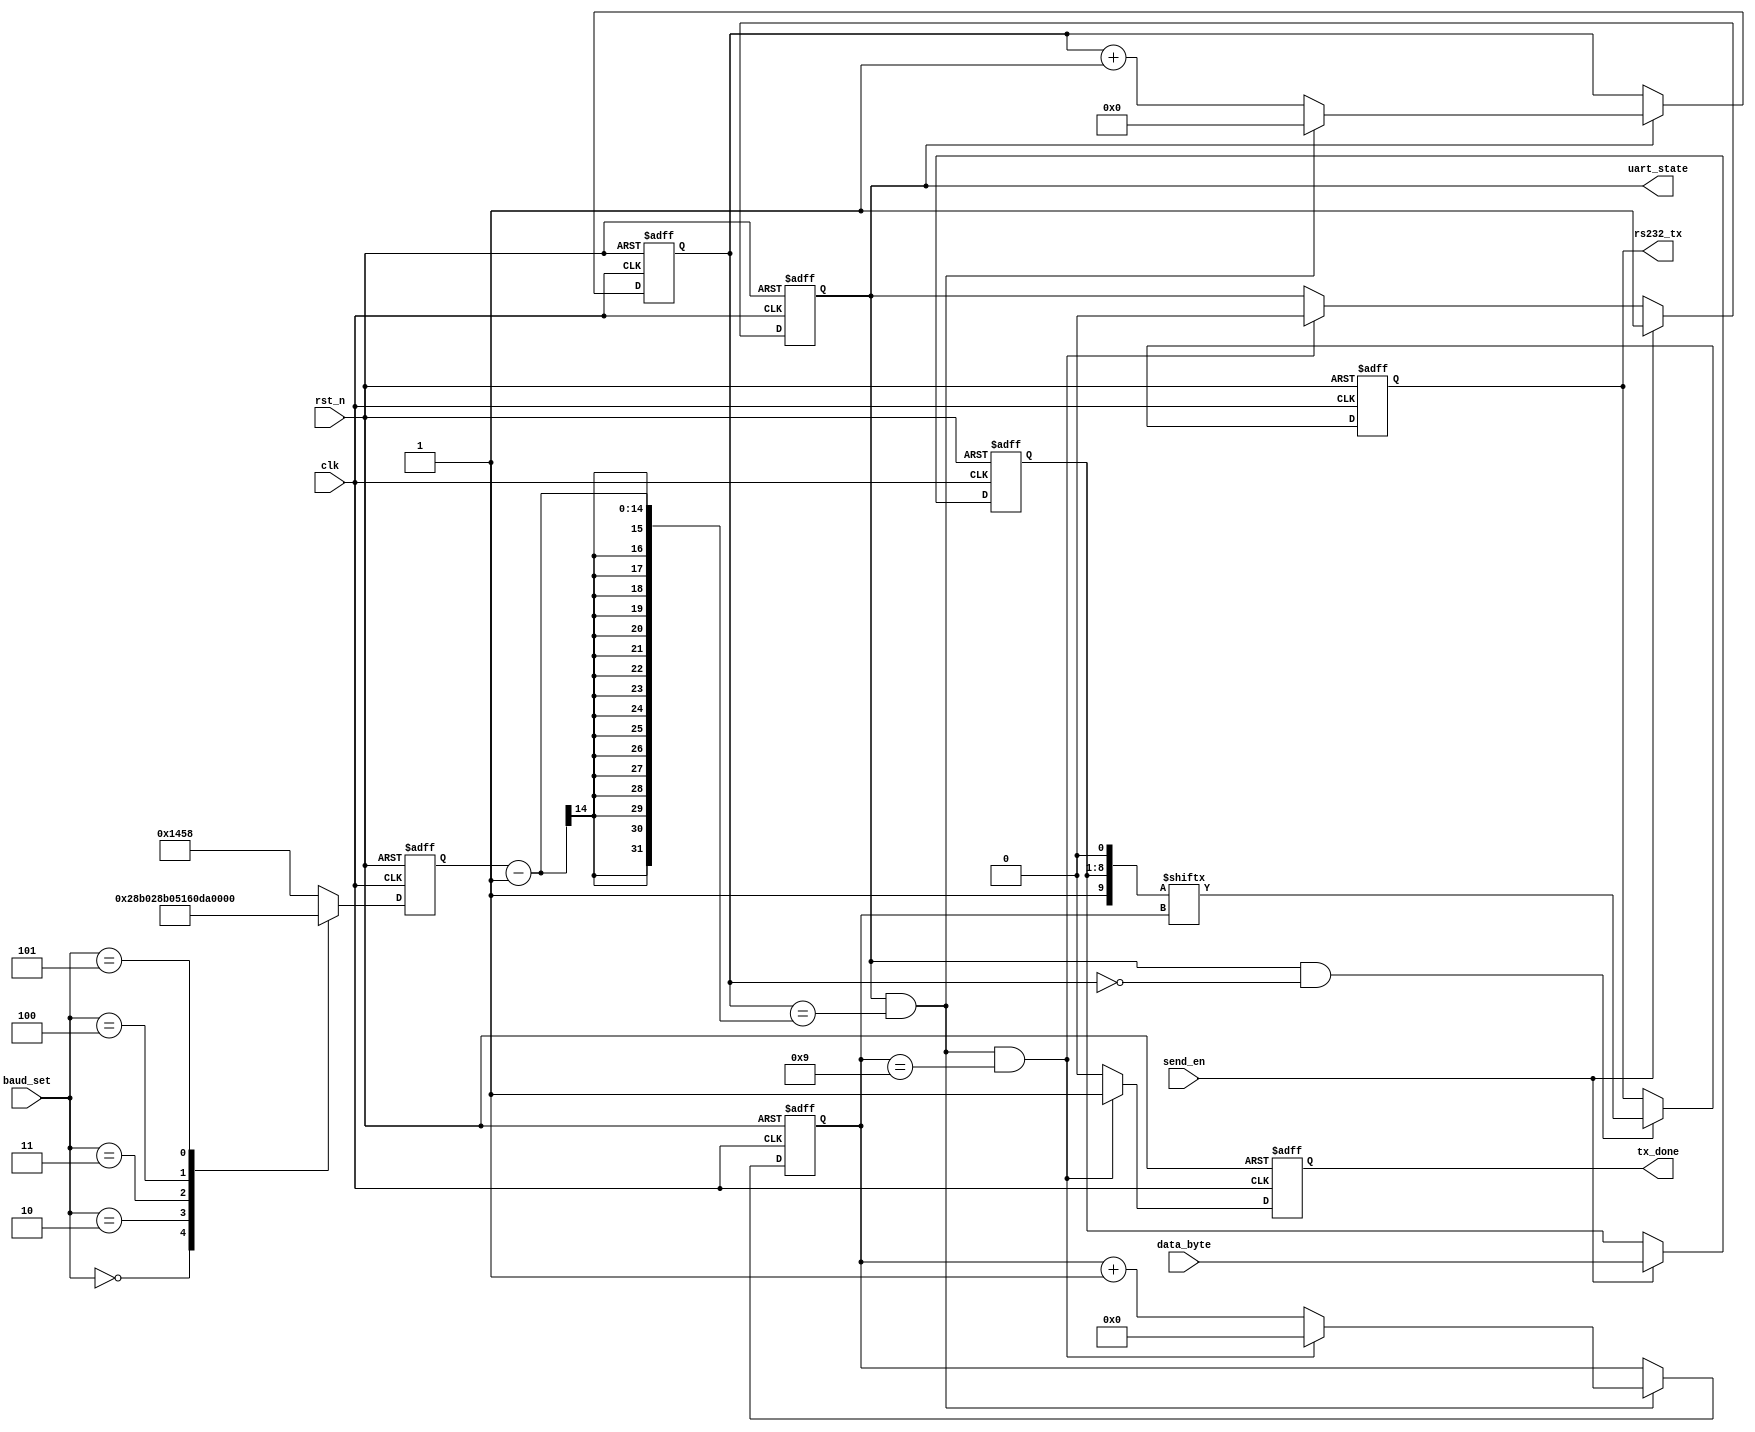
module Uart_Byte_Tx(
    input                   clk         , //
    input                   rst_n       , //
    input                   send_en     , //
    input   [ 7 : 0 ]       data_byte   , //
    input   [ 2 : 0 ]       baud_set    , //
    output  reg             rs232_tx    , //FPGAj
    output  reg             tx_done     , //
    output  reg             uart_state    //10
);


reg   [ 13: 0]         baud_c   ;//(4800bps-10416),(9600bps-5208),(19200bps-2604),
                                 //(38400bps-1302),(57600bps-868),(115200bps-434)
wire  [  9: 0]         data_out      ;
reg   [ 15: 0]         cnt0          ; //1bit
reg   [  3: 0]         cnt1          ; //
wire                   add_cnt0      ; //cnt0
wire                   add_cnt1      ; //cnt1
wire                   end_cnt0      ; //cnt0
wire                   end_cnt1      ; //cnt1
reg   [  7: 0]         data_byte_ff  ; //

//
always  @(posedge clk or negedge rst_n)begin
     if(rst_n==1'b0)begin
        baud_c <= 5208;
    end
    else begin
        case(baud_set)
            0:      baud_c = 14'd10416;
            1:      baud_c = 14'd5208 ;
            2:      baud_c = 14'd2604 ;
            3:      baud_c = 14'd1302 ;
            4:      baud_c = 14'd868  ;
            5:      baud_c = 14'd434  ;
            default:baud_c = 14'd5208 ;//9600bps
        endcase
    end
end

//01
always  @(posedge clk or negedge rst_n)begin
    if(rst_n==1'b0)begin
        uart_state <= 0;
    end
    else if(send_en) begin
        uart_state <= 1;
    end
    else if(end_cnt1)begin
        uart_state <= 0;
    end
    else begin
        uart_state <= uart_state;
    end
end

//1bit
always @(posedge clk or negedge rst_n)begin
    if(!rst_n)begin
        cnt0 <= 0;
    end
    else if(add_cnt0)begin
        if(end_cnt0)
            cnt0 <= 0;
        else
            cnt0 <= cnt0 + 1'b1;
    end
end

assign add_cnt0 = uart_state==1;
assign end_cnt0 = add_cnt0 && cnt0== baud_c-1;

//
always @(posedge clk or negedge rst_n)begin 
    if(!rst_n)begin
        cnt1 <= 0;
    end
    else if(add_cnt1)begin
        if(end_cnt1)
            cnt1 <= 0;
        else
            cnt1 <= cnt1 + 1'b1;
    end
end

assign add_cnt1 = end_cnt0;
assign end_cnt1 = add_cnt1 && cnt1== 10-1;

//
always  @(posedge clk or negedge rst_n)begin
    if(rst_n==1'b0)begin
        tx_done <= 0;
    end
    else if(end_cnt1) begin
        tx_done <= 1;
    end
    else begin
        tx_done <= 0;
    end
end

//
always  @(posedge clk or negedge rst_n)begin
    if(rst_n==1'b0)begin
        data_byte_ff <= 0;
    end
    else if(send_en) begin
        data_byte_ff <= data_byte;
    end
end

//
always  @(posedge clk or negedge rst_n)begin
    if(rst_n==1'b0)begin
        rs232_tx <= 1;
    end
    else if(uart_state && cnt0==0) begin
        rs232_tx <= data_out[cnt1];
    end
end
assign data_out = {1'b1,data_byte_ff,1'b0};

endmodule